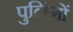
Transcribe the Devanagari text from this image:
पुलिंगों